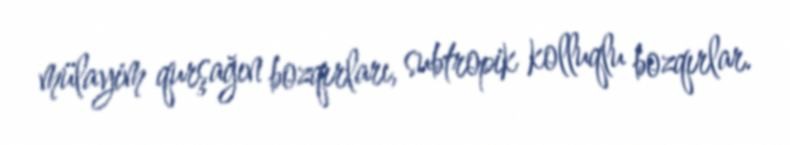
mülayim qurşağın bozqırları, subtropik kolluqlu bozqırlar.